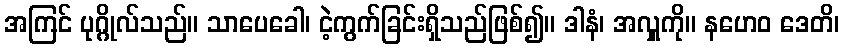
အကြင် ပုဂ္ဂိုလ်သည်။ သာပေခေါ၊ ငဲ့ကွက်ခြင်းရှိသည်ဖြစ်၍။ ဒါနံ၊ အလှူကို။ နဟေဝ ဒေတိ၊